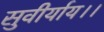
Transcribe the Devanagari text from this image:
सुवीर्याय।।